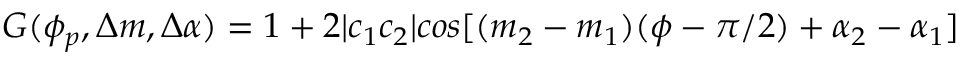
G ( \phi _ { p } , \Delta m , \Delta \alpha ) = 1 + 2 | c _ { 1 } c _ { 2 } | c o s [ ( m _ { 2 } - m _ { 1 } ) ( \phi - \pi / 2 ) + \alpha _ { 2 } - \alpha _ { 1 } ]